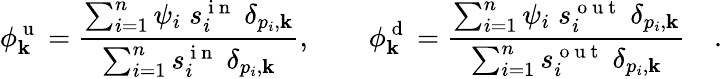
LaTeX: \phi_{\mathbf{k}}^{\mathrm{{~u~}}}=\frac{{\sum_{i=1}^{n}\psi_{i}\; s_{i}^{\mathrm{{~i~n~}}}\; \delta_{p_{i},\mathbf{k}}}}{{\sum_{i=1}^{n}s_{i}^{\mathrm{{~i~n~}}}\; \delta_{p_{i},\mathbf{k}}}},\qquad\phi_{\mathbf{k}}^{\mathrm{{~d~}}}=\frac{{\sum_{i=1}^{n}\psi_{i}\; s_{i}^{\mathrm{{~o~u~t~}}}\; \delta_{p_{i},\mathbf{k}}}}{{\sum_{i=1}^{n}s_{i}^{\mathrm{{~o~u~t~}}}\; \delta_{p_{i},\mathbf{k}}}}\quad.